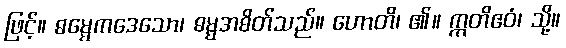
ဖြင့်။ ဓမ္မေကဒေသော၊ ဓမ္မအစိတ်သည်။ ဟောတိ၊ ၏။ ဣတိဧဝံ၊ သို့။